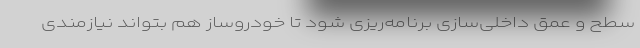
سطح و عمق داخلی‌سازی برنامه‌ریزی شود تا خودروساز هم بتواند نیازمندی